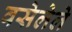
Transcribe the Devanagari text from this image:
वसेलेले